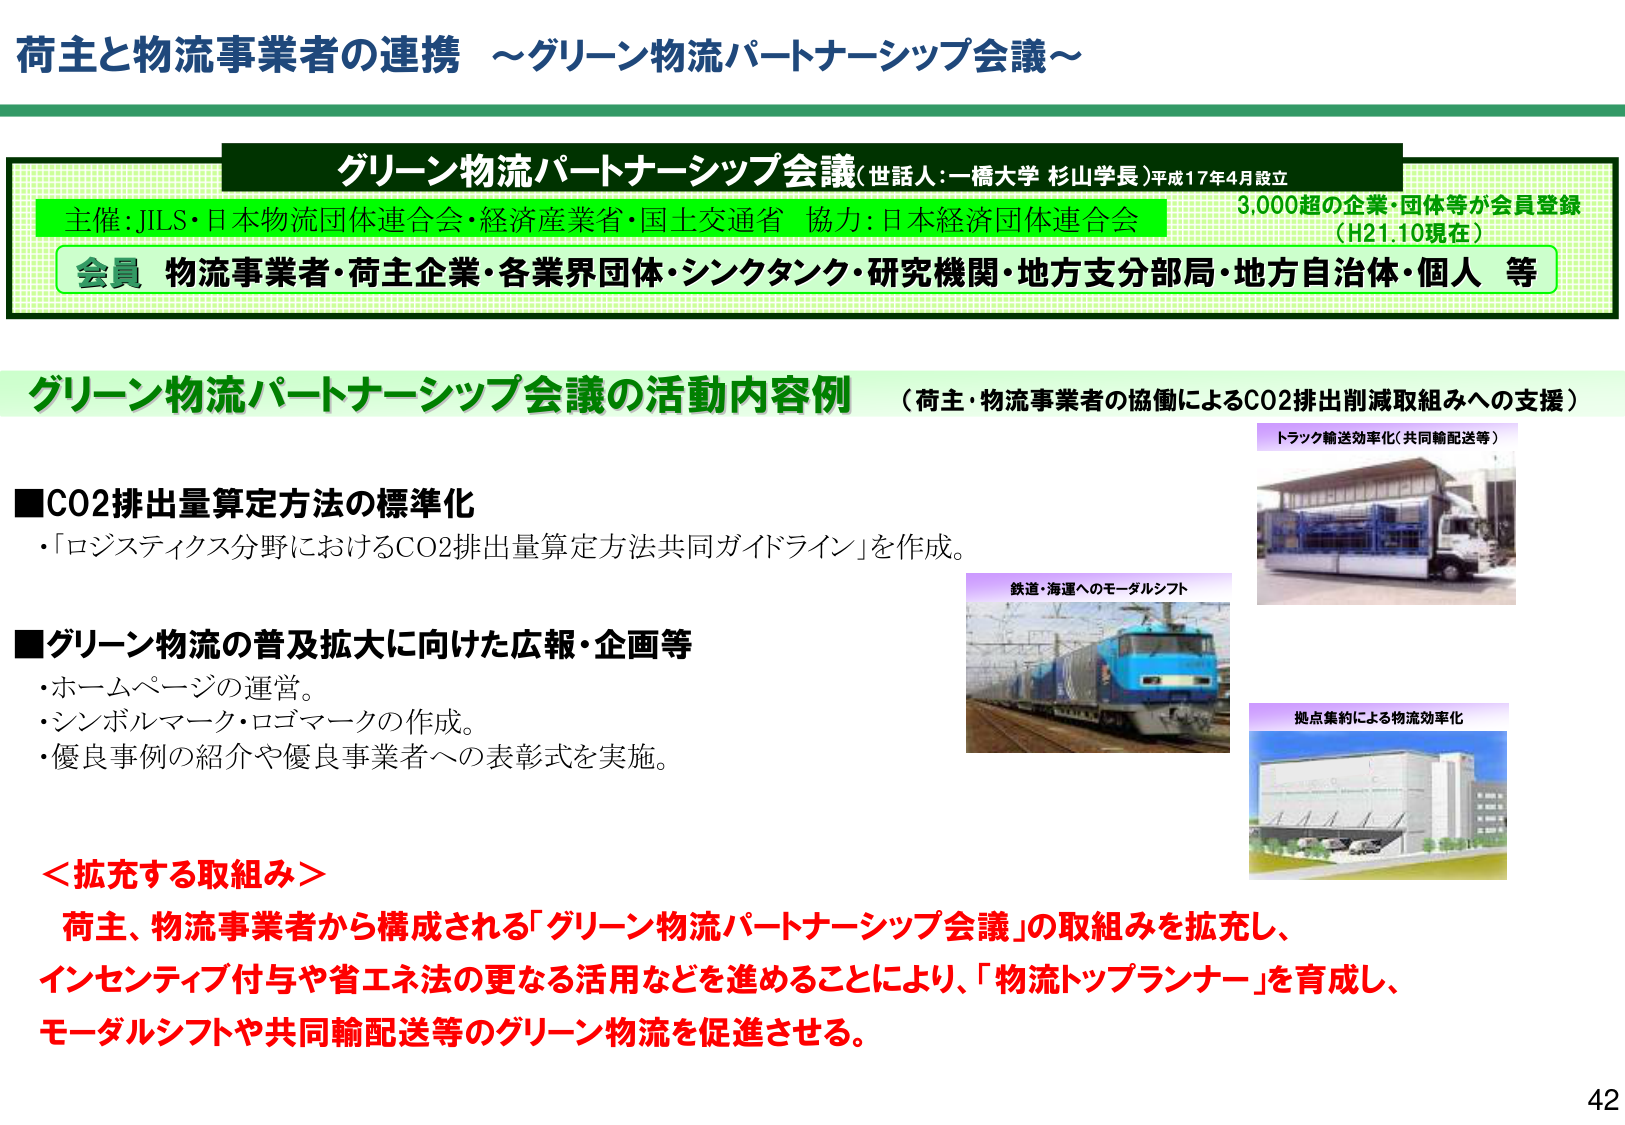
荷主と物流事業者の連携 ～グリーン物流パートナーシップ会議～

グリーン物流パートナーシップ会議（世話人：一橋大学 杉山学長）平成17年4月設立
主催：JILS・日本物流団体連合会・経済産業省・国土交通省 協力：日本経済団体連合会
3,000超の企業・団体等が会員登録（H21.10現在）
会員 物流事業者・荷主企業・各業界団体・シンクタンク・研究機関・地方支分部局・地方自治体・個人 等

グリーン物流パートナーシップ会議の活動内容例 （荷主・物流事業者の協働によるCO2排出削減取組みへの支援）

■CO2排出量算定方法の標準化
・「ロジスティクス分野におけるCO2排出量算定方法共同ガイドライン」を作成。

■グリーン物流の普及拡大に向けた広報・企画等
・ホームページの運営。
・シンボルマーク・ロゴマークの作成。
・優良事例の紹介や優良事業者への表彰式を実施。

＜拡充する取組み＞
荷主、物流事業者から構成される「グリーン物流パートナーシップ会議」の取組みを拡充し、
インセンティブ付与や省エネ法の更なる活用などを進めることにより、「物流トップランナー」を育成し、
モーダルシフトや共同輸配送等のグリーン物流を促進させる。

トラック輸送効率化（共同輸配送等）
鉄道・海運へのモーダルシフト
拠点集約による物流効率化

42